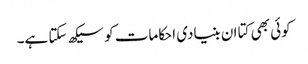
کوئی بھی کتا ان بنیادی احکامات کو سیکھ سکتا ہے۔